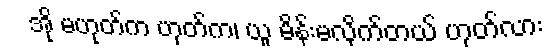
အို မဟုတ်က ဟုတ်က၊ ယူ မိန်းမလိုက်တယ် ဟုတ်လား